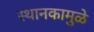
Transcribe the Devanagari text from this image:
स्थानकामुळे